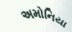
અમોનિયા